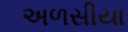
અળસીયા